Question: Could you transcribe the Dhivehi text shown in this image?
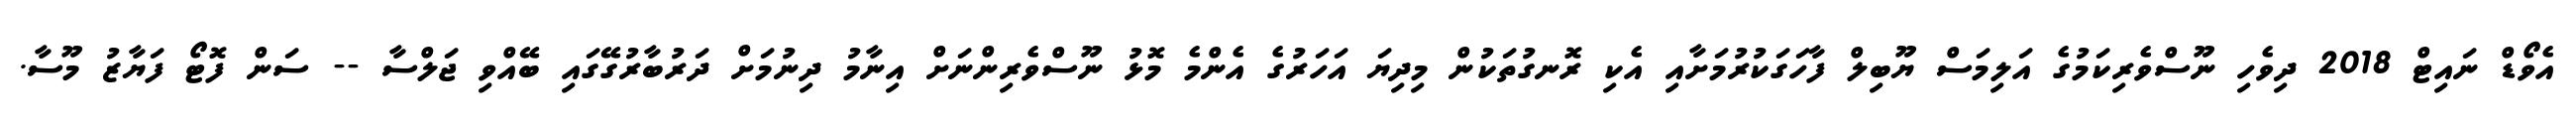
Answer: އެވޯޑް ނައިޓް 2018 ދިވެހި ނޫސްވެރިކަމުގެ އަލިމަސް ޔޫބިލް ފާހަގަކުރުމަށާއި އެކި ރޮނގުތަކުން މިދިޔަ އަހަރުގެ އެންމެ މޮޅު ނޫސްވެރިންނަށް އިނާމު ދިނުމަށް ދަރުބާރުގޭގައި ބޭއްވި ޖަލްސާ -- ސަން ފޮޓޯ ފަޔާޒު މޫސާ.